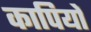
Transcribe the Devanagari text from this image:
कापियों